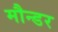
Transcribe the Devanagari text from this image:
मौन्डर